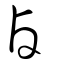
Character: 卤